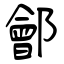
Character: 鄶